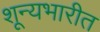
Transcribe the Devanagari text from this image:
शून्यभारीत